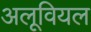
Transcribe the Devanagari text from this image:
अलूवियल